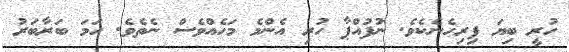
ހުރީ ބިޔަ ފިރިހެނެކެވެ. ނުފުއްޕާ ހުރި އެންމެ މަހެއްވެސް ނެތެވެ. ހަމަ ބަރާބަރު